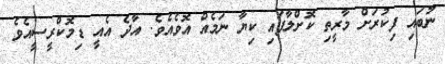
ނުބައި ފިކުރަށް މާރީތި ކޮށްލާފައި ކިޔާ ނަމެއް އޮވެއެވެ. އާދެ އެއީ ޑިމޮކްރީސީއެވެ